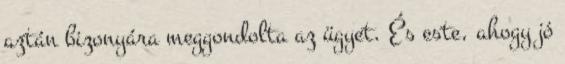
aztán bizonyára meggondolta az ügyet. És este, ahogy jó